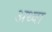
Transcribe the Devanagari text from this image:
अथ्‍वा